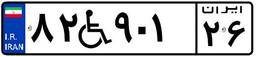
۸۲W۹۰۱۲۶